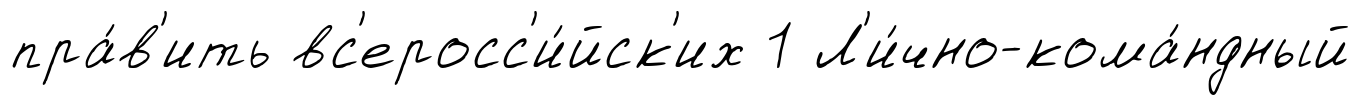
пра́в'ить вс'еросс'и́йск'их 1 Л'и́чно-кома́ндный